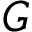
G